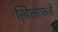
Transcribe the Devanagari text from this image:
ख़िलाफ़तें